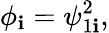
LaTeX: \phi_{\mathbf{i}}=\psi_{1\mathbf{i}}^{2},